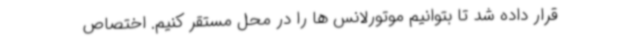
قرار داده شد تا بتوانیم موتورلانس ها را در محل مستقر کنیم. اختصاص